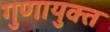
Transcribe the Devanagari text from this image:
गुणायुक्त